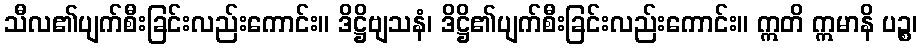
သီလ၏ပျက်စီးခြင်းလည်းကောင်း။ ဒိဋ္ဌိဗျသနံ၊ ဒိဋ္ဌိ၏ပျက်စီးခြင်းလည်းကောင်း။ ဣတိ ဣမာနိ ပဉ္စ၊